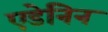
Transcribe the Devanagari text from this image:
एडेनिन